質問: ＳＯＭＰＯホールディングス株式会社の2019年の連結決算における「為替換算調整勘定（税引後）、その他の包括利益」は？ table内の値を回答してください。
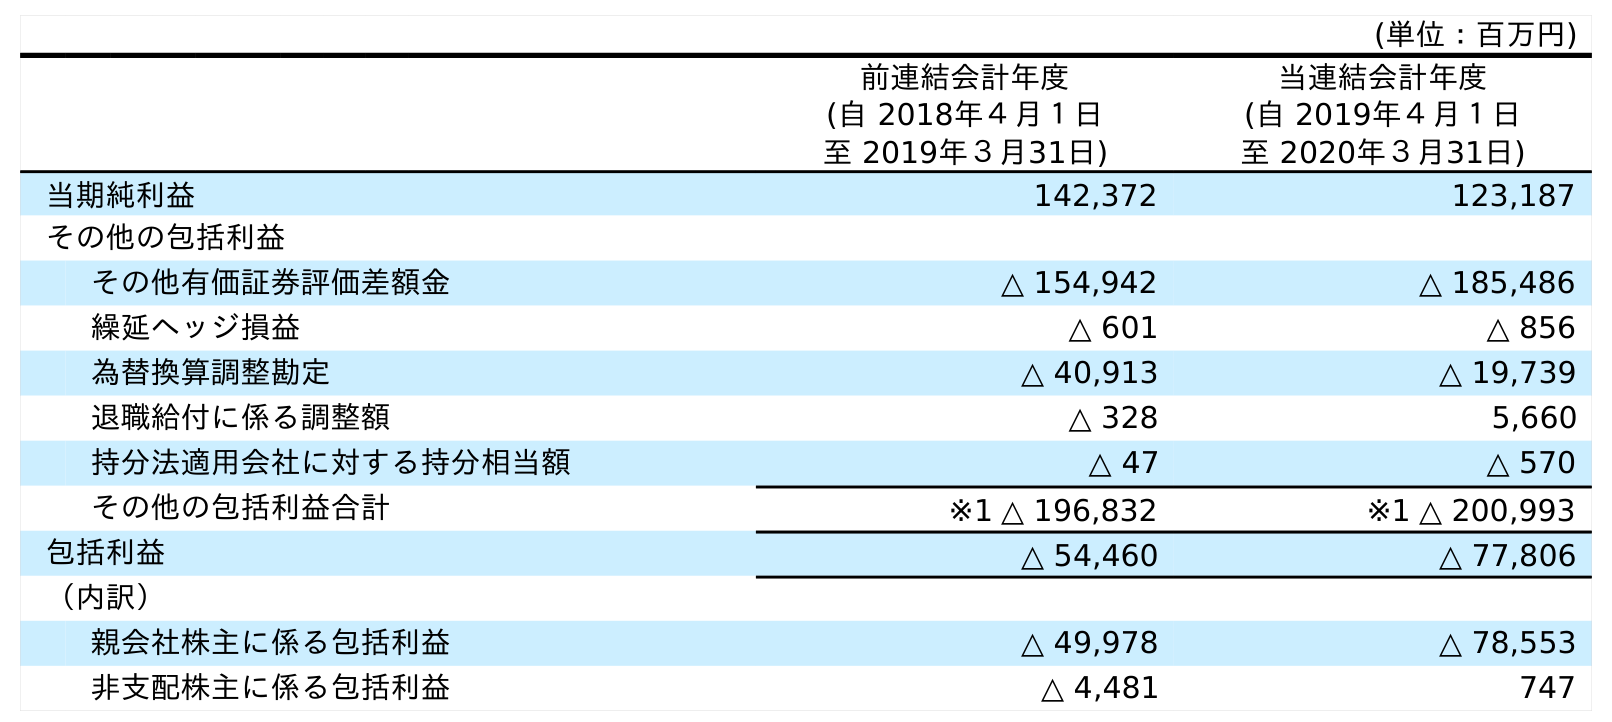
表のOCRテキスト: (単位：百万円) 前連結会計年度 (自 2018年４月１日 至 2019年３月31日) 当連結会計年度 (自 2019年４月１日 至 2020年３月31日) 当期純利益 142,372 123,187 その他の包括利益 その他有価証券評価差額金 △ 154,942 △ 185,486 繰延ヘッジ損益 △ 601 △ 856 為替換算調整勘定 △ 40,913 △ 19,739 退職給付に係る調整額 △ 328 5,660 持分法適用会社に対する持分相当額 △ 47 △ 570 その他の包括利益合計 ※1 △ 196,832 ※1 △ 200,993 包括利益 △ 54,460 △ 77,806 （内訳） 親会社株主に係る包括利益 △ 49,978 △ 78,553 非支配株主に係る包括利益 △ 4,481 747
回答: △40,913